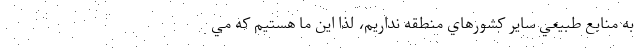
به منابع طبيعي ساير كشورهاي منطقه نداريم، لذا اين ما هستيم كه مي‌